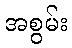
အစွမ်း